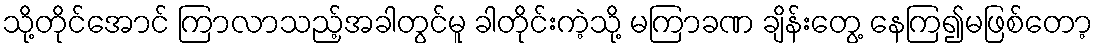
သို့တိုင်အောင် ကြာလာသည့်အခါတွင်မူ ခါတိုင်းကဲ့သို့ မကြာခဏ ချိန်းတွေ့ နေကြ၍မဖြစ်တော့